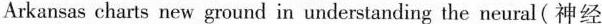
Arkansas charts new ground in understanding the neural(神经